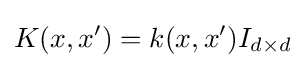
K(x,x')=k(x,x')I_{d\times d}